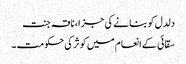
دلدل کو بنانے کی جزا، ناقہ جنت
سقائی کے انعام میں کوثر کی حکومت ۔